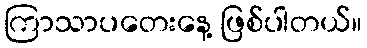
ကြာသာပတေးနေ့ ဖြစ်ပါတယ်။